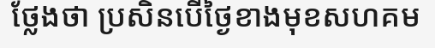
ថ្លែងថា ប្រសិនបើថ្ងៃខាងមុខសហគម